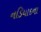
નડિયાદના